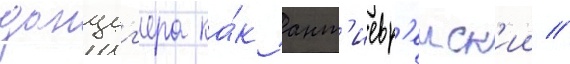
данциг'ера ка́к ант'иевр'еиск'ии //